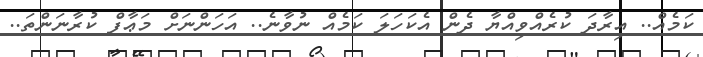
ކަމެއް.. އިރާދަ ކުރެއްވިއްޔާ ދެން އެކަހަލަ ކަމެއް ނުވާނެ.. އަހަންނަށް މަޢާފް ކުރާނަންތަ..